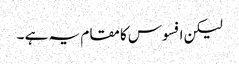
لیکن افسوس کا مقام یہ ہے ۔